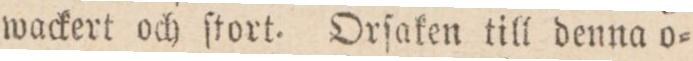
wackert och ſtort. Orſaken till denna o=